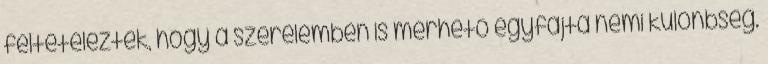
feltételezték, hogy a szerelemben is mérhető egyfajta nemi különbség.